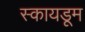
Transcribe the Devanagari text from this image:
स्कायडूम